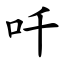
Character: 吀